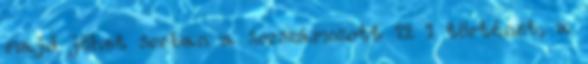
majd jöhet sorban a sorszámozott 12 1 történet, a